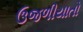
ઉજળીયાતો